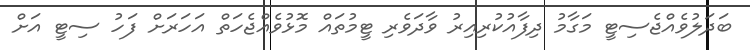
ބަދަލުވެއްޖެސިޓީ މަގާމު ދިފާއުކުރިއިރު ވާދަވެރި ޓީމުތައް މޮޅުވެއްޖެހަތް އަހަރަށް ފަހު ސިޓީ އަށް